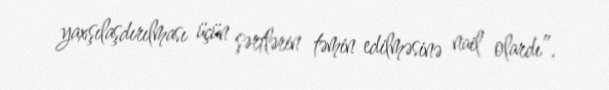
yaxşılaşdırılması üçün şərtlərin təmin edilməsinə nail olardı”.